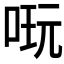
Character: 𠶃